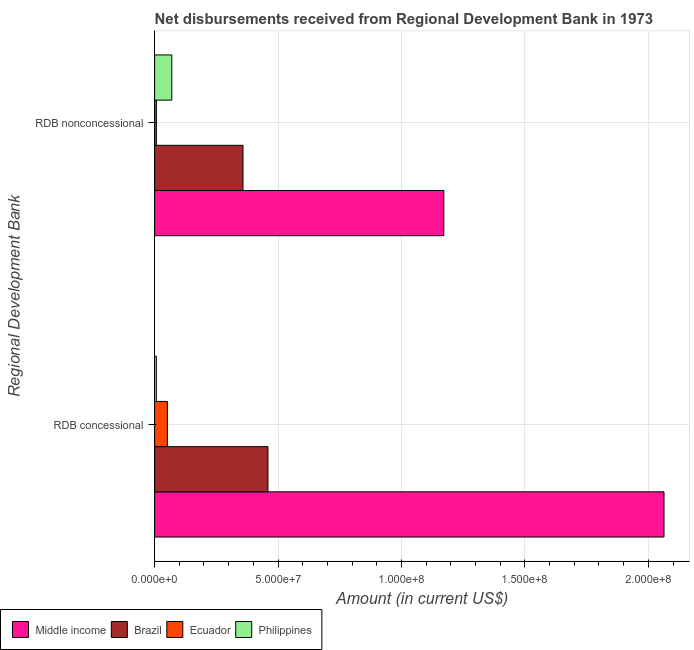
| Regional Development Bank | Middle income | Brazil | Ecuador | Philippines |
 | --- | --- | --- | --- | --- |
 | RDB concessional | 2.06e+08 | 4.59e+07 | 5.17e+06 | 7.12e+05 |
 | RDB nonconcessional | 1.17e+08 | 3.58e+07 | 7.26e+05 | 6.96e+06 |